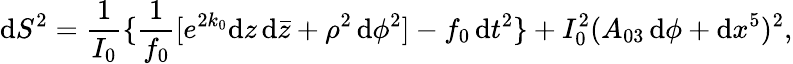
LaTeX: \mathrm{d}S^{2}={\frac{{1}}{{I_{0}}}}\{ {\frac{{1}}{{f_{0}}}}[e^{2k_{0}}\mathrm{d}z\, \mathrm{d}{\bar{{z}}}+\rho^{2}\, \mathrm{d}\phi^{2}]-f_{0}\, \mathrm{d}t^{2}\} +I_{0}^{2}(A_{03}\, \mathrm{d}\phi+\mathrm{d}x^{5})^{2},